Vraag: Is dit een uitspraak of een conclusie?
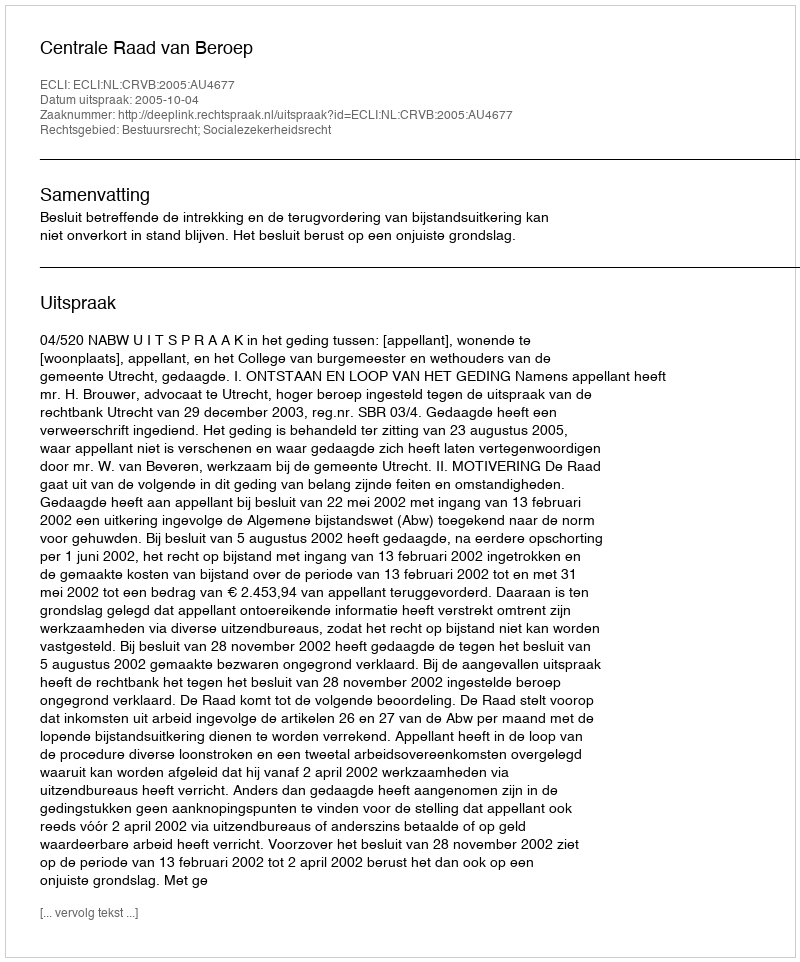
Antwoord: Uitspraak